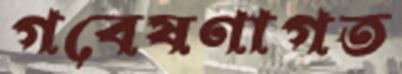
গবেষণাগত